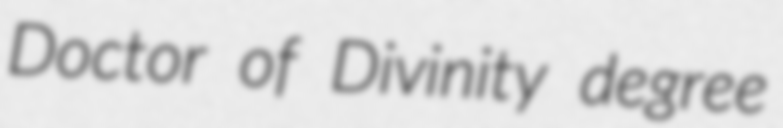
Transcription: Doctor of Divinity degree